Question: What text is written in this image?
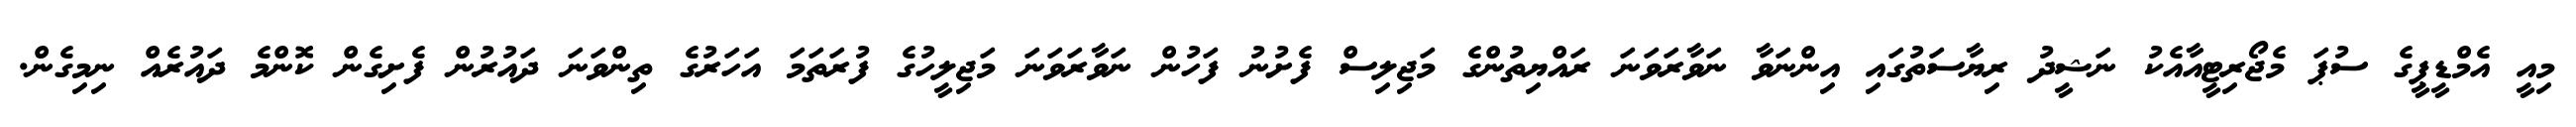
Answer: މިއީ އެމްޑީޕީގެ ސުޕަ މެޖޯރިޓީއާއެކު ނަޝީދު ރިޔާސަތުގައި އިންނަވާ ނަވާރަވަނަ ރައްޔިތުންގެ މަޖިލިސް ފެށުނު ފަހުން ނަވާރަވަނަ މަޖިލީހުގެ ފުރަތަމަ އަހަރުގެ ތިންވަނަ ދައުރުން ފެށިގެން ކޮންމެ ދައުރެއް ނިމިގެން.